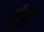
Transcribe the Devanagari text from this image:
रंग़